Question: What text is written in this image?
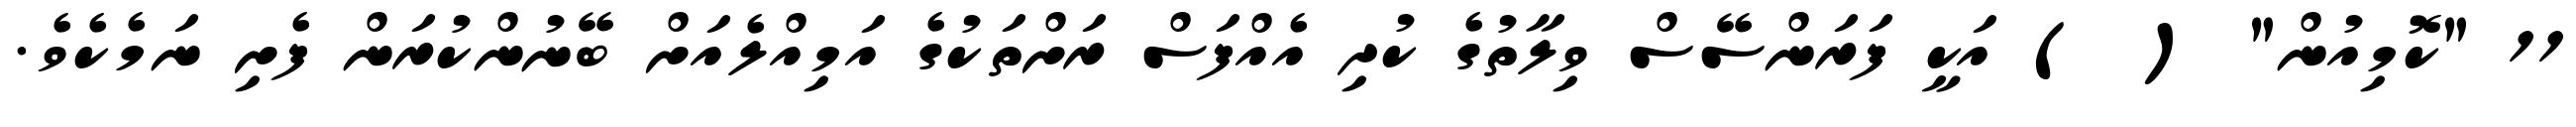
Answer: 11 "ކޮމިއުން" ( ) އަކީ ފަރަންސޭސް ވިލާތުގެ ކުދި އެއްފަސް ރަށްތަކުގެ އަމިއްލެއަށް ބޭނުންކުރަން ފެށި ނަމެކެވެ.